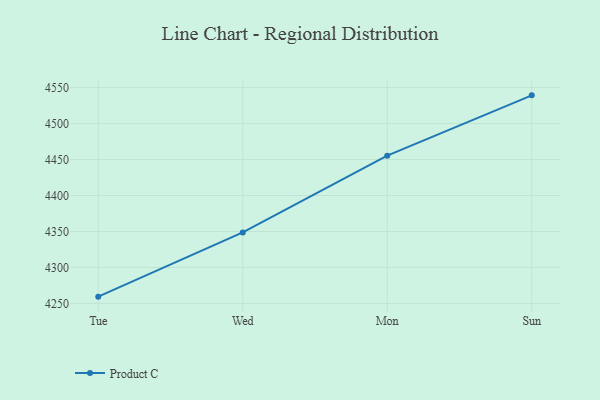
{"axis": {"x": "Day", "y": "Energy Usage (MWh)"}, "legend": ["Product C"], "data": [{"x": "Tue", "y": 4259.4, "type": "Product C"}, {"x": "Wed", "y": 4348.7, "type": "Product C"}, {"x": "Mon", "y": 4455.4, "type": "Product C"}, {"x": "Sun", "y": 4539.2, "type": "Product C"}]}